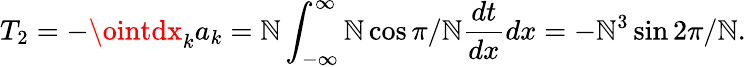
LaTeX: T_{2}=-\ointdx_{k}a_{k}=\mathbb{N}\int_{-\infty}^{\infty}\mathbb{N}\cos\pi/\mathbb{N}\frac{{dt}}{{dx}}dx=-\mathbb{N}^{3}\sin2\pi/\mathbb{N}.